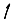
Digit: 1